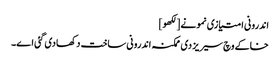
اندرونی امتیازی نمونے [لکھو]
خاکے وچ سیریز دی ممکنہ اندرونی ساخت دکھادی گئی ا‏‏ے۔